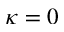
\kappa = 0